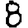
Digit: 8